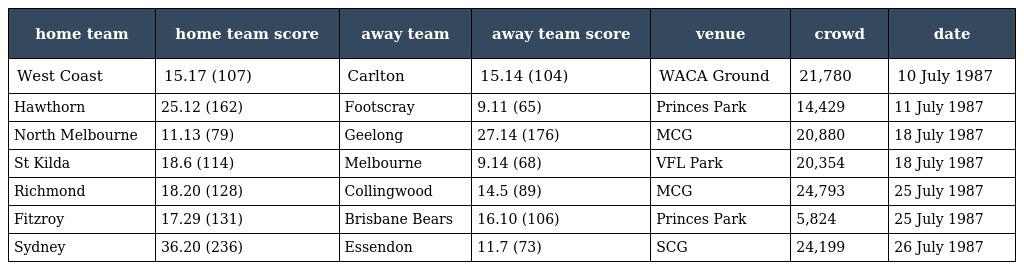
| home team | home team score | away team | away team score | venue | crowd | date |
 | --- | --- | --- | --- | --- | --- | --- |
 | West Coast | 15.17 (107) | Carlton | 15.14 (104) | WACA Ground | 21,780 | 10 July 1987 |
 | Hawthorn | 25.12 (162) | Footscray | 9.11 (65) | Princes Park | 14,429 | 11 July 1987 |
 | North Melbourne | 11.13 (79) | Geelong | 27.14 (176) | MCG | 20,880 | 18 July 1987 |
 | St Kilda | 18.6 (114) | Melbourne | 9.14 (68) | VFL Park | 20,354 | 18 July 1987 |
 | Richmond | 18.20 (128) | Collingwood | 14.5 (89) | MCG | 24,793 | 25 July 1987 |
 | Fitzroy | 17.29 (131) | Brisbane Bears | 16.10 (106) | Princes Park | 5,824 | 25 July 1987 |
 | Sydney | 36.20 (236) | Essendon | 11.7 (73) | SCG | 24,199 | 26 July 1987 |